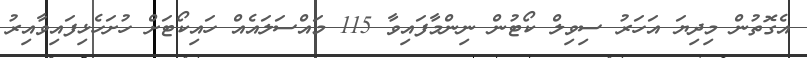
އެގޮތުން މިދިޔަ އަހަރު ސިވިލް ކޯޓުން ނިންމާފައިވާ 115 މައްސަލައެއް ހައިކޯޓަށް ހުށަހެޅިފައިވާއިރު